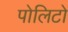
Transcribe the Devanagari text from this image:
पोलिटो